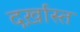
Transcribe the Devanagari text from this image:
दर्ख़ास्त